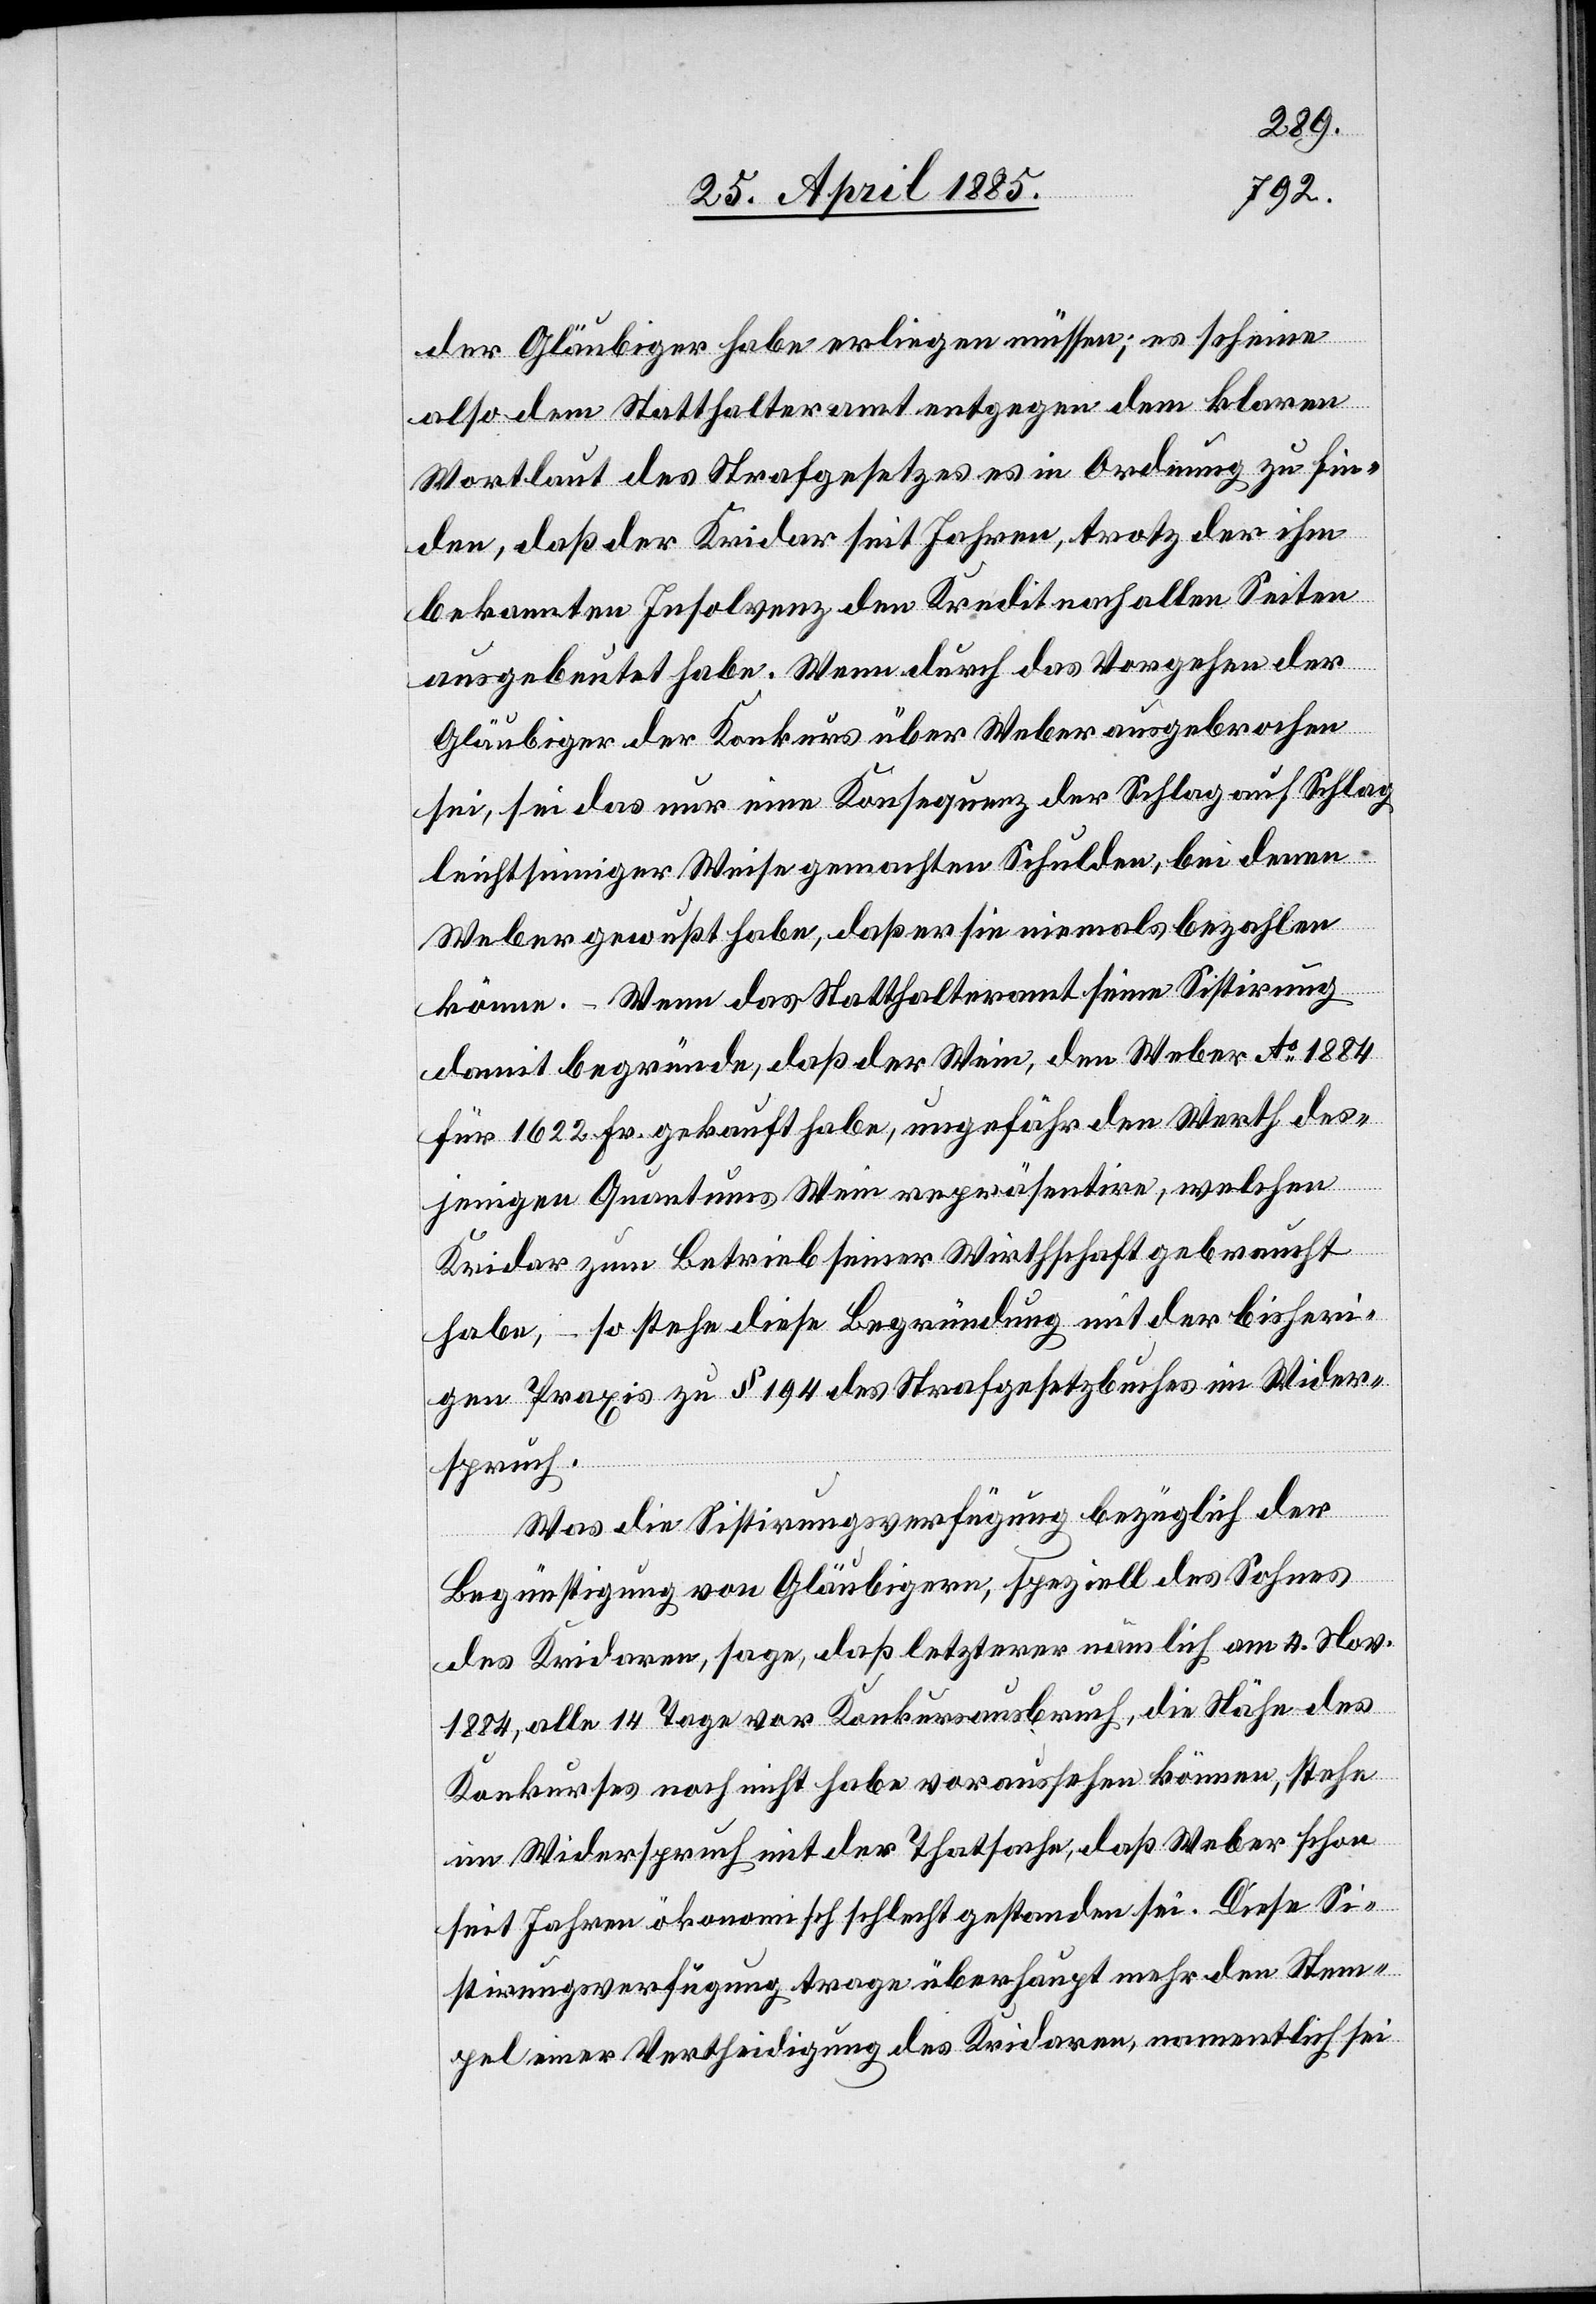
der Gläubiger habe erliegen müssen; es scheine
also dem Statthalteramt entgegen dem klaren
Wortlaut des Strafgesetzes es in Ordnung zu fin¬
den, daß der Kridar seit Jahren, trotz der ihm
bekannten Insolvenz den Kredit nach allen Seiten
ausgebeutet habe. Wenn durch das Vorgehen der
Gläubiger der Konkurs über Weber ausgebrochen
sei, sei das nur eine Konsequenz der Schlag auf Schlag
leichtsinniger Weise gemachten Schulden, bei denen
Weber gewußt habe, daß er sie niemals bezahlen
könne. – Wenn das Statthalteramt seine Sistirung
damit begründe, daß der Wein, den Weber Ao 1884
für 1622 Fr. gekauft habe, ungefähr den Werth des¬
jenigen Quantums Wein repräsentire, welchen
Kridar zum Betrieb seiner Wirthschaft gebraucht
habe, – so stehe diese Begründung mit der bisheri¬
gen Praxis zu § 194 des Strafgesetzbuches im Wider¬
spruch.
Was die Sistirungsverfügung bezüglich der
Begünstigung von Gläubigern, speziell des Sohnes
des Kridaren, sage, daß letzterer nämlich am 4. Nov.
1884, alle 14 Tage vor Konkursausbruch, die Nähe des
Konkurses noch nicht habe voraussehen können, stehe
im Widerspruch mit der Thatsache, daß Weber schon
seit Jahren ökonomisch schlecht gestanden sei. Diese Si¬
stirungsverfügung trage überhaupt mehr den Stem¬
pel einer Vertheidigung des Kridaren, namentlich sei